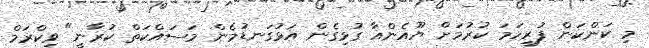
މި ކަންކަން ފުރިހަމަ ކުރުމަށް ޔޫއެންއާ ގުޅިގެން އަޅުގަނޑުމެން މަސައްކަތް ކުރާނީ" ވިކްރަމް